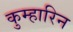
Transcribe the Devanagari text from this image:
कुम्हारिन